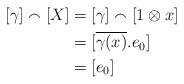
LaTeX: \begin{align*} [\gamma] \smallfrown [X] & = [\gamma] \smallfrown [1 \otimes x] \\ & = [\overline{\gamma(x)}. e_{0}] \\ & = [e_{0}] && \end{align*}